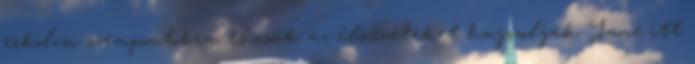
erkölcsi szempontokra, és csak az élvezeteket hajszolják. Jane itt